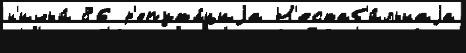
н'ичьи́ 86 р'епута́циjа Н'естаб'и́льнаjа